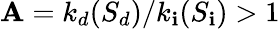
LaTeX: \mathbf{A}={k_{d}(S_{d})}/{k_{\mathbf{i}}(S_{\mathbf{i}})}>1